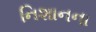
નિશાનના